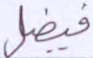
فيضل